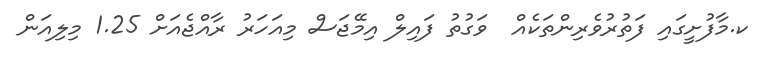
ކ.މާފުށީގައި ފަތުރުވެރިންތަކެއް  ވަގުތު ފައިލް އިމޭޖަސް މިއަހަރު ރާއްޖެއަށް 1.25 މިލިއަން